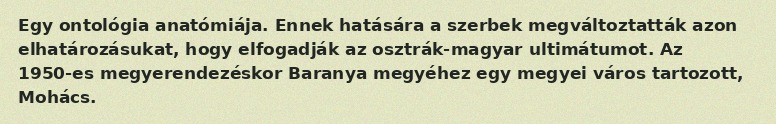
Egy ontológia anatómiája. Ennek hatására a szerbek megváltoztatták azon elhatározásukat, hogy elfogadják az osztrák-magyar ultimátumot. Az 1950-es megyerendezéskor Baranya megyéhez egy megyei város tartozott, Mohács.